Report of the Indian Hemp Drugs Commission, 1894-1895 - Volume VII
Year: 1894
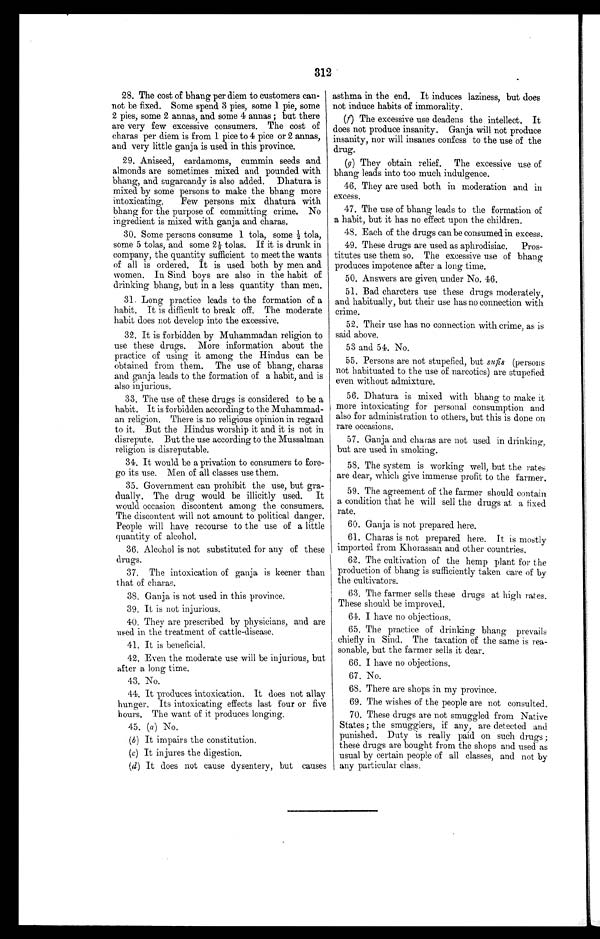
312
28. The cost of bhang per diem to customers can-
not be fixed. Some spend 3 pies, some 1 pie, some
2 pies, some 2 annals, and some 4 annas ; but there
are very few excessive consumers. The cost of
charas per diem is from 1 pice to 4 pice or 2 annas,
and very little ganja is used in this province.
29. Aniseed, cardamoms, cummin seeds and
almonds are sometimes mixed and pounded with
bhang, and sugarcandy is also added. Dhatura is
mixed by some persons to make the bhang more
intoxicating. Few persons mix dhatura with
bhang for the purpose of committing crime. No
ingredient is mixed with ganja and charas.
30. Some persons consume 1 tola, some i tola,
some 5 tolas, and some 2½ tolas. If it is drunk in
company, the quantity sufficient to meet the wants
of all is ordered. It is used both by men and
women. In Sind boys are also in the habit of
drinking bhang, but in a less quantity than men.
31. Long practice leads to the formation of a
habit. It is difficult to break off. The moderate
habit does not develop into the excessive.
32. It is forbidden by Muhammadan religion to
use these drugs. More information about the
practice of using it among the Hindus can be
obtained from them. The use of bhang, charas
and ganja leads to the formation of a habit, and is
also injurious.
33. The use of these drugs is considered to be a
habit. It is forbidden according to the Muhammad-
an religion. There is no religious opinion in regard
to it. But the Hindus worship it and it is not in
disrepute. But the use according to the Mussalman
religion is disreputable.
34. It would be a privation to consumers to fore-
go its use. Men of all classes use them.
35. Government can prohibit the use, but gra-
dually. The drug would be illicitly used. It
would occasion discontent among the consumers.
The discontent will not amount to political danger.
People will have recourse to the use of a little
quantity of alcohol.
36. Alcohol is not substituted for any of these
drugs.
37. The intoxication of ganja is keener than
that of charas.
38. Ganja is not used in this province.
39. It is not injurious.
40. They are prescribed by physicians, and are
used in the treatment of cattle-disease.
41. It is beneficial.
42. Even the moderate use will be injurious, but
after a long time.
43. No,
44. It produces intoxication. It does not allay
hunger. Its intoxicating effects last four or five
hours. The want of it produces longing.
45. (a) No.
(b) It impairs the constitution.
(c) It injures the digestion.
(d) It does not cause dysentery, but causes
asthma in the end. It induces laziness, but does
not induce habits of immorality.
(f) The excessive use deadens the intellect. It
does not produce insanity. Ganja will not produce
insanity, nor will insanes confess to the use of the
drug.
(g) They obtain relief. The excessive use of
bhang leads into too much indulgence.
46. They are used both in moderation and in
excess.
47. The use of bhang leads to the formation of
a habit, but it has no effect upon the children.
43. Each of the drugs can be consumed in excess.
49. These drugs are used as aphrodisiac. Pros-
titutes use them so. The excessive use of bhang
produces impotence after a long time.
50. Answers are given, under No. 46.
51. Bad chareters use these drugs moderately,
and habitually, but their use has no connection with
crime.
52. Their use has no connection with crime, as is
said above.
53 and 54. No.
55. Persons are not stupefied, but sufis (persons
not habituated to the use of narcotics) are stupefied
even without admixture.
56. Dhatura is mixed with bhang to make it
more intoxicating for personal consumption and
also for administration to others, but this is done on
rare occasions.
57. Ganja and charas are not used in drinking,
but are used in smoking.
58. The system is working well, but the rates
are dear, which give immense profit to the farmer.
59. The agreement of the farmer should contain
a condition that he will sell the drugs at a fixed
rate.
60. Ganja is not prepared here.
61. Charas is not prepared here. It is mostly
imported from Khorassan and other countries.
62, The cultivation of the hemp plant for the
production of bhang is sufficiently taken care of by
the cultivators.
63. The farmer sells these drugs at high rates.
These should be improved.
61. I have no objections.
65. The practice of drinking bhang prevails
chiefly in Sind. The taxation of the same is rea-
sonable, but the farmer sells it dear.
66. I have no objections,
67. No.
68. There are shops in my province.
69. The wishes of the people are not consulted.
70. These drugs are not smuggled from Native.
States ; the smugglers, if any, are detected and
punished. Duty is really paid on such drugs;
these drugs are bought from the shops and used as
usual by certain people of all classes, and not by
any particular class.